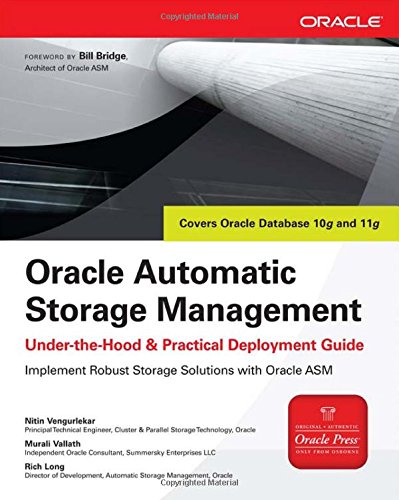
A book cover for Oracle Automatic Storage Management: Under-the-Hood & Practical Deployment Guide (Oracle Press); Nitin Vengurlekar; Computers & Technology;